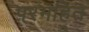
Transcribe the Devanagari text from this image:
परमहित